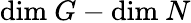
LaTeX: \mathrm{dim}\ G-\mathrm{dim}\ N